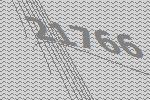
21766